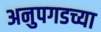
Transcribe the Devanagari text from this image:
अनुपगडच्या